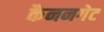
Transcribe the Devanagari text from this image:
कैननगेट